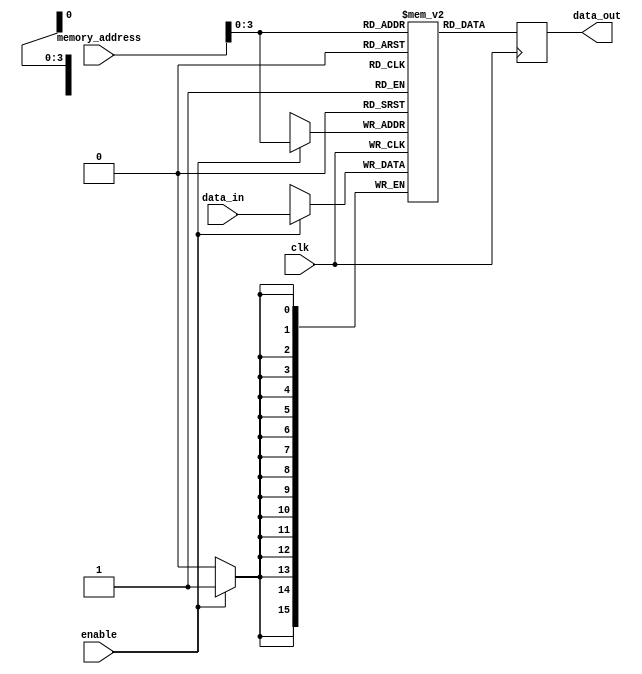
module ram(clk, enable, data_in, memory_address, data_out);
    input clk;
    input enable;
    input [15:0] data_in;
    input [15:0] memory_address;
    reg [15:0] mem [10:0];
    output reg [15:0] data_out;


    always @(posedge clk ) begin
        if (enable) 
            mem[memory_address] <= data_in;
            data_out <= mem[memory_address];
    end
endmodule